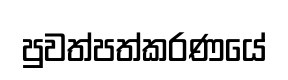
පුවත්පත්කරණයේ